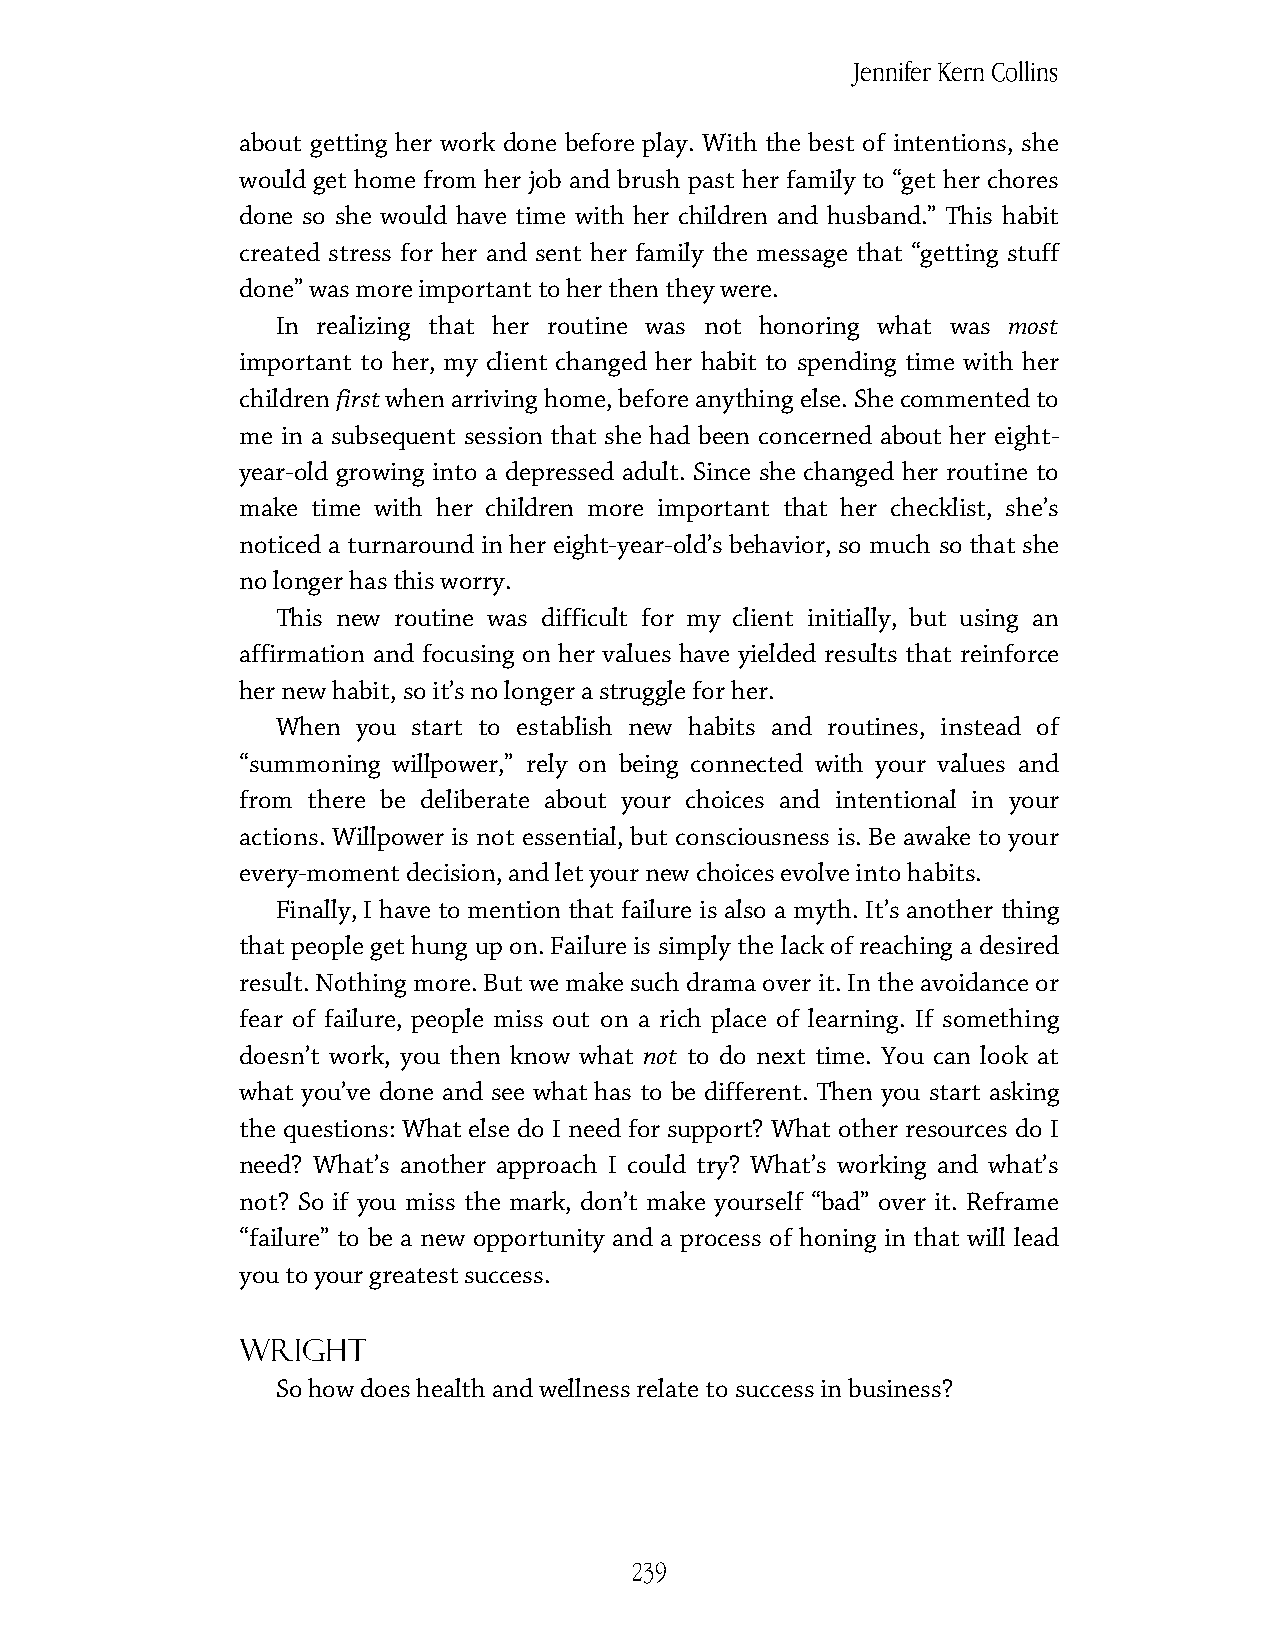
Jennifer Kern Collins
 about getting her work done before play. With the best of intentions, she
 would get home from her job and brush past her family to “get her chores
 done so she would have time with her children and husband.” This habit
 created stress for her and sent her family the message that “getting stuff
 done” was more important to her then they were.
 In realizing that her routine was not honoring what was most
 important to her, my client changed her habit to spending time with her
 children first when arriving home, before anything else. She commented to
 me in a subsequent session that she had been concerned about her eight-
 year-old growing into a depressed adult. Since she changed her routine to
 make time with her children more important that her checklist, she’s
 noticed a turnaround in her eight-year-old’s behavior, so much so that she
 no longer has this worry.
 This new routine was difficult for my client initially, but using an
 affirmation and focusing on her values have yielded results that reinforce
 her new habit, so it’s no longer a struggle for her.
 When  you start to establish new habits and routines, instead of
 “summoning willpower,” rely on being connected with your values and
 from there be deliberate about your choices and intentional in your
 actions. Willpower is not essential, but consciousness is. Be awake to your
 every-moment decision, and let your new choices evolve into habits.
 Finally, I have to mention that failure is also a myth. It’s another thing
 that people get hung up on. Failure is simply the lack of reaching a desired
 result. Nothing more. But we make such drama over it. In the avoidance or
 fear of failure, people miss out on a rich place of learning. If something
 doesn’t work, you then know what not to do next time. You can look at
 what you’ve done and see what has to be different. Then you start asking
 the questions: What else do I need for support? What other resources do I
 need? What’s another approach I could try? What’s working and what’s
 not? So if you miss the mark, don’t make yourself “bad” over it. Reframe
 “failure” to be a new opportunity and a process of honing in that will lead
 you to your greatest success.
 Wright
 So how does health and wellness relate to success in business?
 239